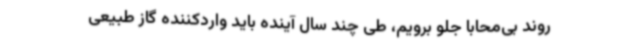
روند بی‌محابا جلو برویم، طی چند سال آینده باید واردکننده گاز طبیعی